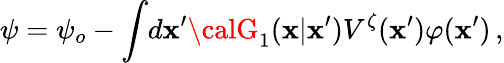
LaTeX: \psi=\psi_{o}-\int\! d\mathbf{x}^{\prime}{\calG}_{1}(\mathbf{x}|\mathbf{x}^{\prime})V^{\zeta}(\mathbf{x}^{\prime})\varphi(\mathbf{x}^{\prime})\, ,